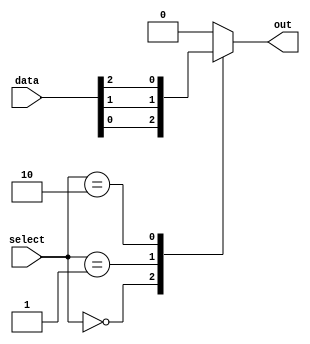
module mux512to1 (
    input [511:0] data,
    input [8:0] select,
    output reg out
);

always @* begin
    case(select)
        9'b000000000: out = data[0];
        9'b000000001: out = data[1];
        9'b000000010: out = data[2];
        // Add more cases for all 512 inputs
        default: out = 1'b0; // Default output when select does not match any case
    endcase
end

endmodule